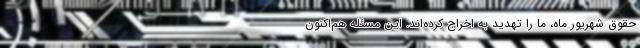
حقوق شهریور ماه، ما را تهدید به اخراج کرده‌اند. این مسئله هم‌اکنون